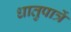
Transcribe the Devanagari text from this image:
धातुपात्रें